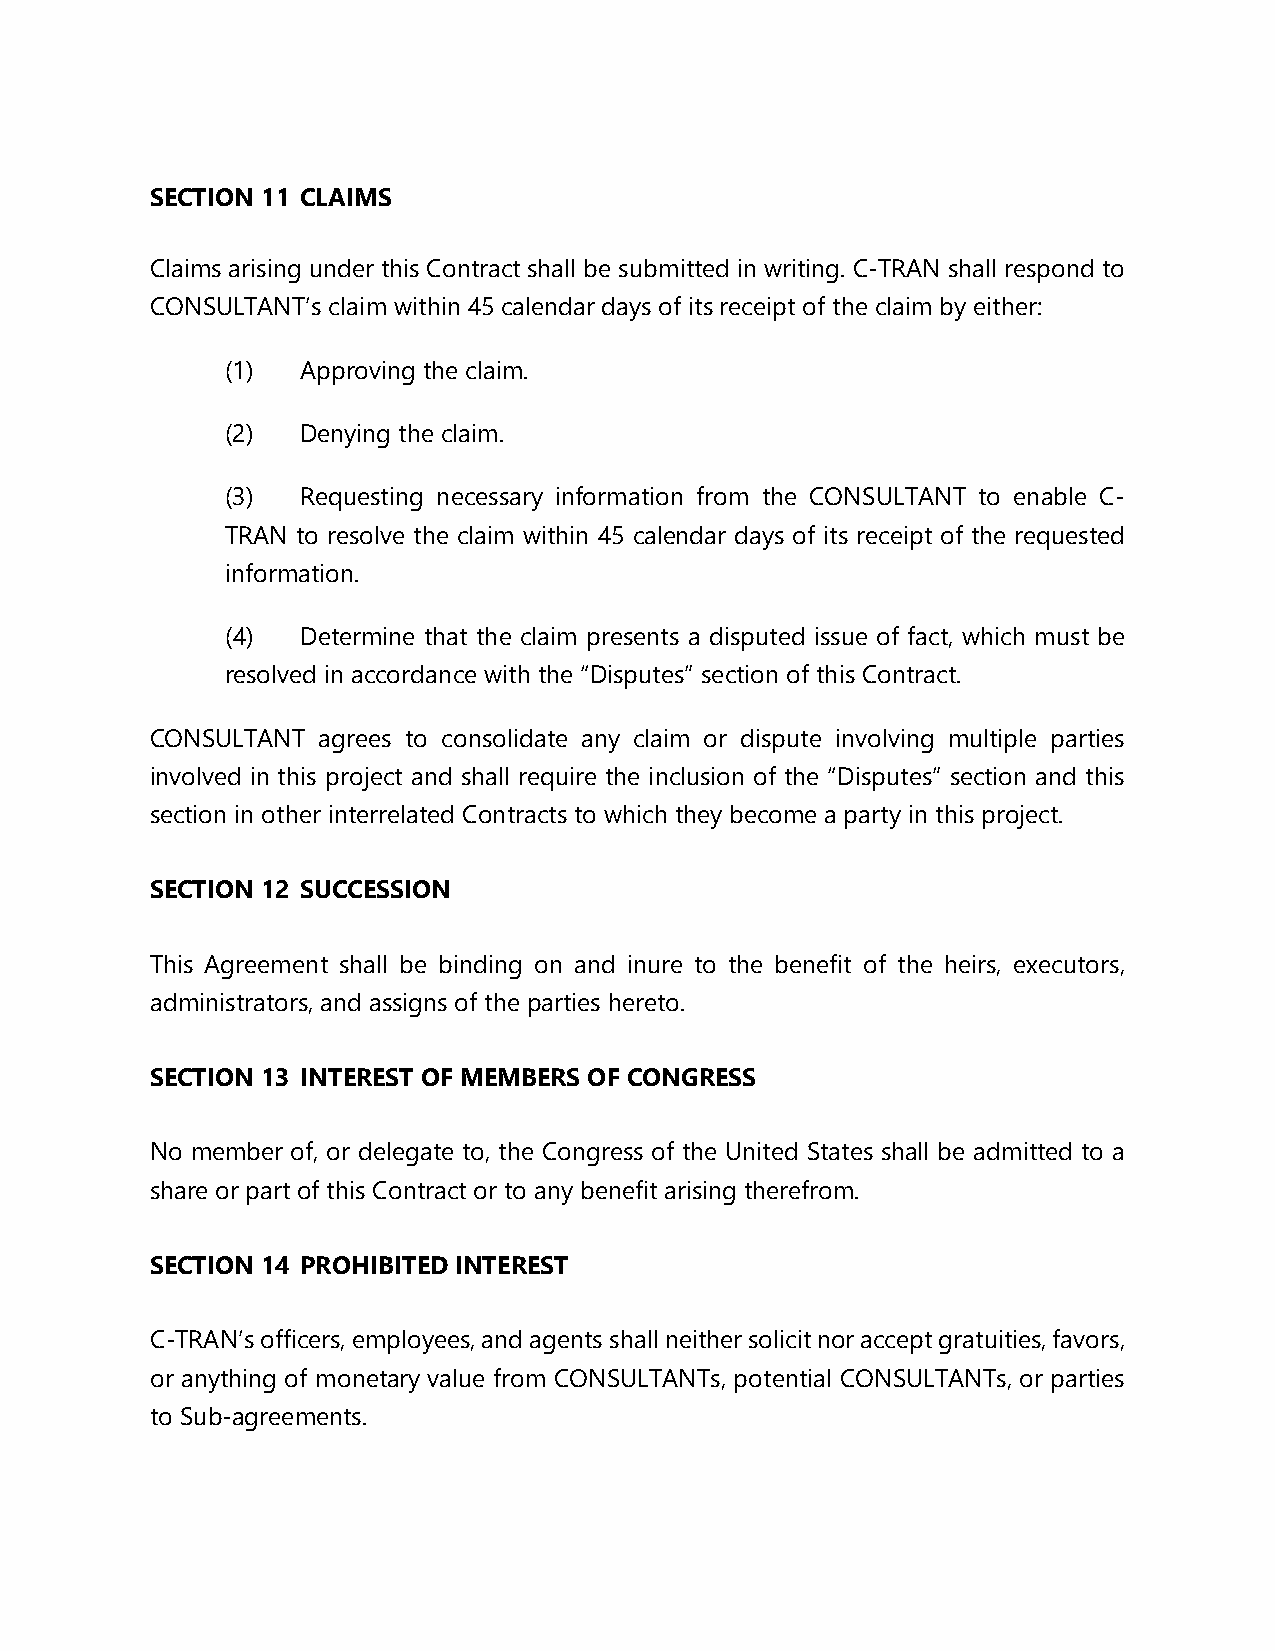
SECTION 11 CLAIMS
 Claims arising under this Contract shall be submitted in writing. C-TRAN shall respond to
 CONSULTANT’s claim within 45 calendar days of its receipt of the claim by either:
 (1)  Approving the claim.
 (2)  Denying the claim.
 (3)  Requesting necessary information from the CONSULTANT to enable C-
 TRAN to resolve the claim within 45 calendar days of its receipt of the requested
 information.
 (4)  Determine that the claim presents a disputed issue of fact, which must be
 resolved in accordance with the “Disputes” section of this Contract.
 CONSULTANT agrees to consolidate any claim or dispute involving multiple parties
 involved in this project and shall require the inclusion of the “Disputes” section and this
 section in other interrelated Contracts to which they become a party in this project.
 SECTION 12 SUCCESSION
 This Agreement shall be binding on and inure to the benefit of the heirs, executors,
 administrators, and assigns of the parties hereto.
 SECTION 13 INTEREST OF MEMBERS OF CONGRESS
 No member of, or delegate to, the Congress of the United States shall be admitted to a
 share or part of this Contract or to any benefit arising therefrom.
 SECTION 14 PROHIBITED INTEREST
 C-TRAN’s officers, employees, and agents shall neither solicit nor accept gratuities, favors,
 or anything of monetary value from CONSULTANTs, potential CONSULTANTs, or parties
 to Sub-agreements.